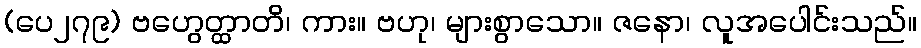
(ပေ၂၇၉) ဗဟွေတ္ထာတိ၊ ကား။ ဗဟု၊ များစွာသော။ ဇနော၊ လူအပေါင်းသည်။